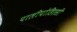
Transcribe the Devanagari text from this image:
पालीपोडिएसी